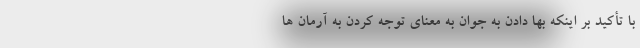
با تأکید بر اینکه بها دادن به جوان به معنای توجه کردن به آرمان ها